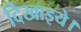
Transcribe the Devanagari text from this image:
दिखाइये।